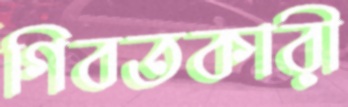
গিবতকারী